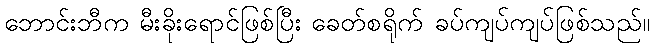
ဘောင်းဘီက မီးခိုးရောင်ဖြစ်ပြီး ခေတ်စရိုက် ခပ်ကျပ်ကျပ်ဖြစ်သည်။